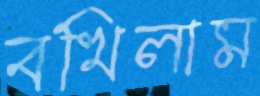
বখিলাম